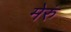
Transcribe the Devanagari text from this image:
मेरुं